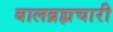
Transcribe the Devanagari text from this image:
बालब्रह्मचारी